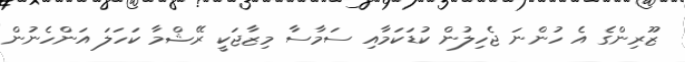
ޒޫރިންގެ އެ ހުންނަ ޖެހިލުން ކުޑަކަމާއި ސަމާސާ މިޒާޖަކީ ރޭޝްމާ ކަހަލަ އަންހެނުން